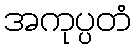
အကုပ္ပတံ